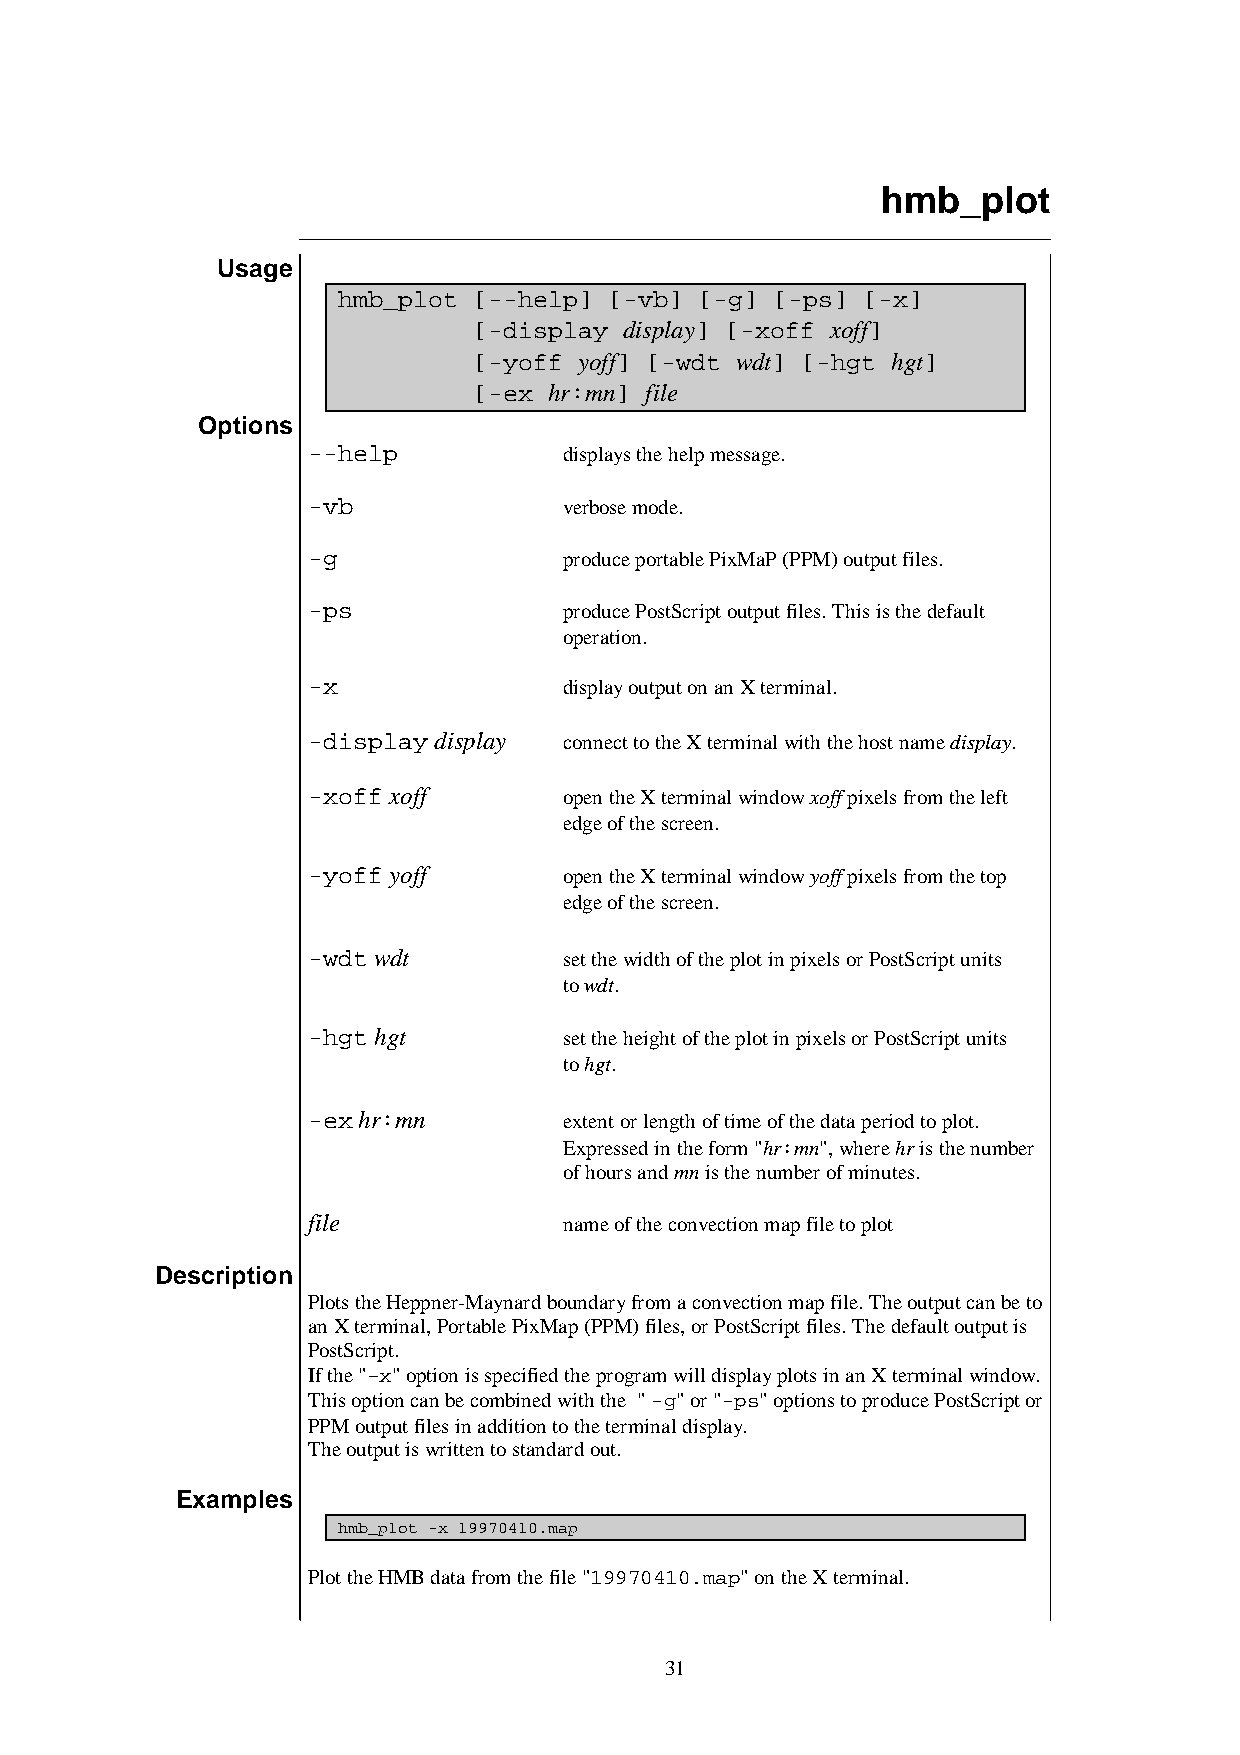
hmb_plot
 Usage
 hmb_plot [--help] [-vb] [-g] [-ps] [-x]
 [-display display] [-xoff xoff]
 [-yoff yoff] [-wdt wdt] [-hgt hgt]
 [-ex hr:mn] file
 Options
 --help           displays the help message.
 -vb              verbose mode.
 -g               produce portable PixMaP (PPM) output files.
 -ps              produce PostScript output files. This is the default
 operation.
 -x               display output on an X terminal.
 -display display connect to the X terminal with the host name display.
 -xoff xoff       open the X terminal window xoff pixels from the left
 edge of the screen.
 -yoff yoff       open the X terminal window yoff pixels from the top
 edge of the screen.
 -wdt wdt         set the width of the plot in pixels or PostScript units
 to wdt.
 -hgt hgt         set the height of the plot in pixels or PostScript units
 to hgt.
 -ex hr:mn        extent or length of time of the data period to plot.
 Expressed in the form "hr:mn", where hr is the number
 of hours and mn is the number of minutes.
 file             name of the convection map file to plot
 Description
 Plots the Heppner-Maynard boundary from a convection map file. The output can be to
 an X terminal, Portable PixMap (PPM) files, or PostScript files. The default output is
 PostScript.
 If the "–x" option is specified the program will display plots in an X terminal window.
 This option can be combined with the " -g" or "-ps" options to produce PostScript or
 PPM output files in addition to the terminal display.
 The output is written to standard out.
 Examples
 hmb_plot -x 19970410.map
 Plot the HMB data from the file "19970410.map" on the X terminal.
 31